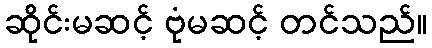
ဆိုင်းမဆင့် ဗုံမဆင့် တင်သည်။